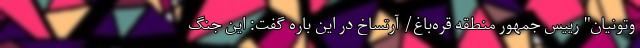
وتونیان" رییس جمهور منطقه قره‌باغ/ آرتساخ در این باره گفت: این جنگِ